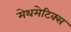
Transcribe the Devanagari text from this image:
मेथमेटिक्स